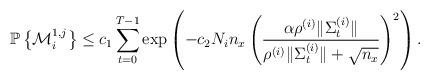
LaTeX: \begin{align*}\mathbb{P}\left\{\mathcal{M}_i^{1, j}\right\}\leq c_1 \sum_{t=0}^{T-1} \exp\left(-c_2 N_in_x \left(\frac{\alpha \rho^{(i)} \|\Sigma^{(i)}_t\|}{\rho^{(i)}\|\Sigma^{(i)}_t\| + \sqrt{n_x} }\right)^2\right).\end{align*}